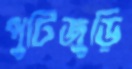
পুটিজুড়ি